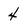
Character: 4